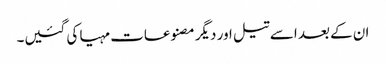
ان کے بعد اسے تیل اور دیگر مصنوعات مہیا کی گئیں۔